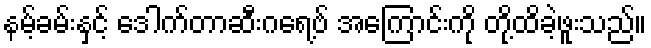
နမ့်ခမ်းနှင့် ဒေါက်တာဆီးဂရေ့ဗ် အကြောင်းကို တို့ထိခဲ့ဖူးသည်။